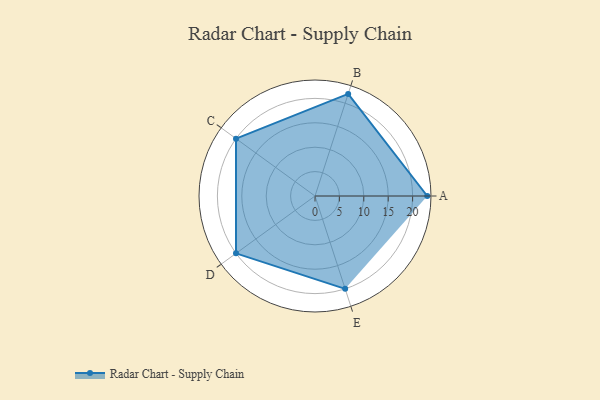
{"axis": {"x": "Skill", "y": "Score"}, "legend": ["Profile"], "data": [{"x": "A", "y": 23.0, "type": "Profile"}, {"x": "B", "y": 22.0, "type": "Profile"}, {"x": "C", "y": 20.0, "type": "Profile"}, {"x": "D", "y": 20, "type": "Profile"}, {"x": "E", "y": 20, "type": "Profile"}]}